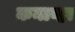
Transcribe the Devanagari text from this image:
कनाव्हा